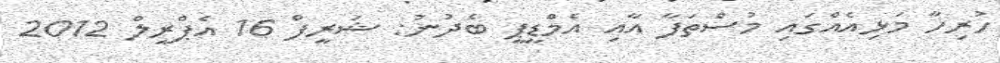
ހުރިހާ މަޅިއެއްގައި މުސްތަފާ އާއި އެމްޑީޕީ ބެދުނު: ޝަރީފް 16 އެޕްރީލް 2012